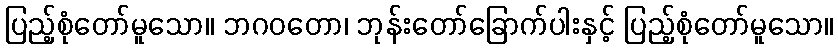
ပြည့်စုံတော်မူသော။ ဘဂဝတော၊ ဘုန်းတော်ခြောက်ပါးနှင့် ပြည့်စုံတော်မူသော။